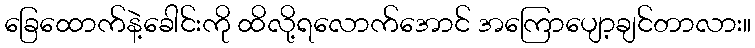
ခြေထောက်နဲ့ခေါင်းကို ထိလို့ရလောက်အောင် အကြောပျော့ချင်တာလား။